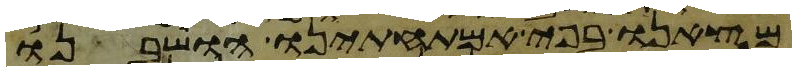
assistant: מצאנו בפי אמתחתינו הושבנו